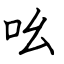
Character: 吆